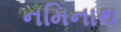
નમિનાથ